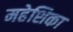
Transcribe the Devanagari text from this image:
महेशिका